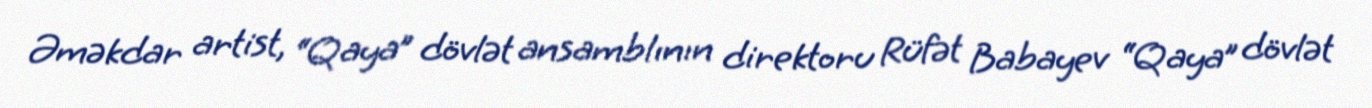
Əməkdar artist, “Qaya” dövlət ansamblının direktoru Rüfət Babayev “Qaya” dövlət